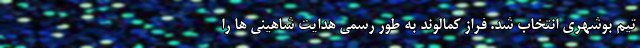
تیم بوشهری انتخاب شد. فراز کمالوند به طور رسمی هدایت شاهینی ها را